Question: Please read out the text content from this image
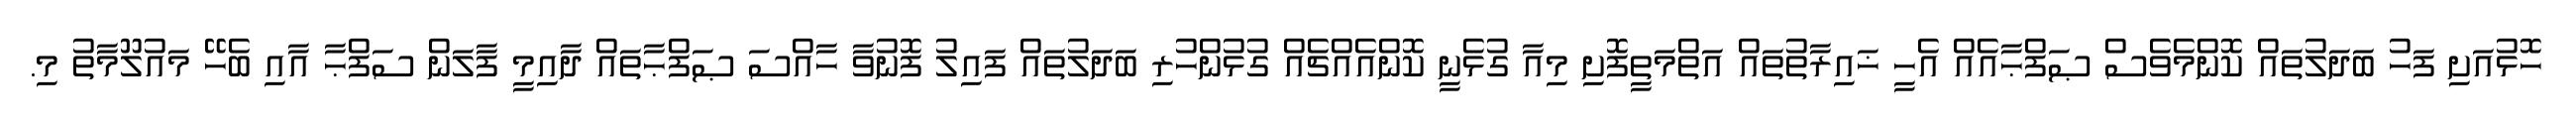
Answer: ހޮޅުއަށި ފަހު ބަދަލުތައް ކޮންމެވެސް ޞަފްޙާއެއް އެހީ ޚައިރާތުތައް އަތްމަތީފޮށި މިއާ ގުޅެނީ ކޮންއެއްޗެއް ގުޅުންހުރި ބަދަލުތައް ފައިލު ފޮނުވާ ހާއްސަ ޞަފްޙާތައް ދާއިމީ ފާލަން ސަފްޙާ އާއި ބެހޭ މައުލޫމާތު މި.